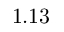
1 . 1 3